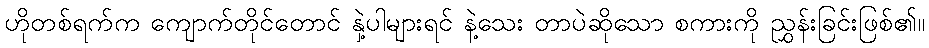
ဟိုတစ်ရက်က ကျောက်တိုင်တောင် နှဲ့ပါများရင် နဲ့သေး တာပဲဆိုသော စကားကို ညွှန်းခြင်းဖြစ်၏။